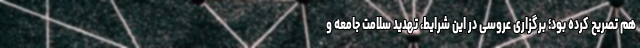
هم تصریح کرده بود؛ برگزاری عروسی در این شرایط، تهدید سلامت جامعه و